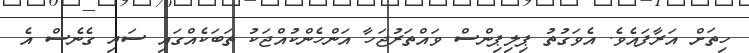
ހިތަށް އަރާފައެވެ. އެވަގުތު ޕިލިޕިންސް ވައްތަރުޖަހާ އަންހެންކުއްޖަކު ތަބަކެއްގައި ސައި ގެނެސް އެ